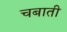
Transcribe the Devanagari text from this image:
चबाती